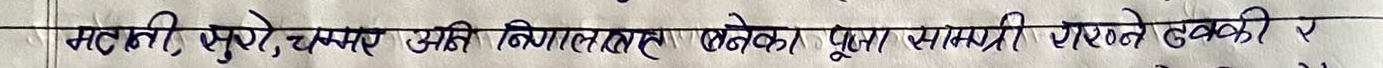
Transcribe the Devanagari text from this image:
मटानि सुपारी, चेम्का आई निगात तलरास बनेका पुजा सामग्री गरने लक्किरी र